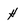
Character: H